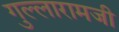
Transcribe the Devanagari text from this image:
गुल्लारामजी